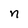
Character: n